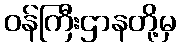
ဝန်ကြီးဌာနတို့မှ